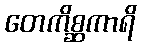
တေကိစ္ဆကာရိ